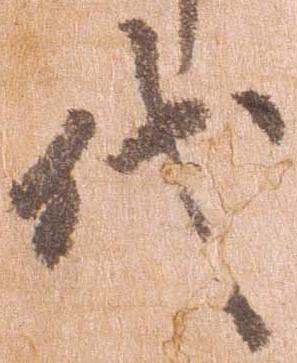
代